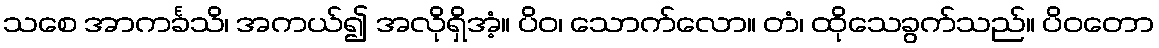
သစေ အာကင်္ခသိ၊ အကယ်၍ အလိုရှိအံ့။ ပိဝ၊ သောက်လော။ တံ၊ ထိုသေခွက်သည်။ ပိဝတော